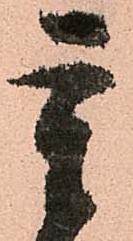
重